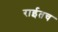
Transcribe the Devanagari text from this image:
राईतच